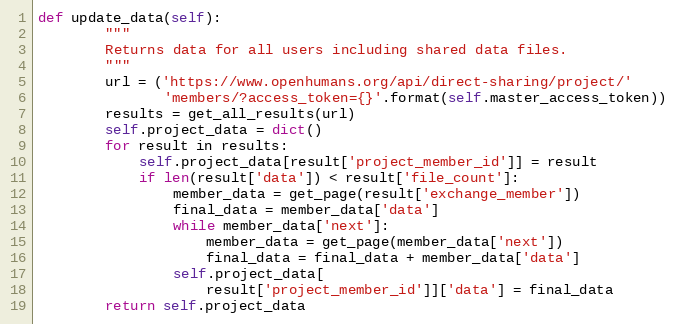
Language: Python
def update_data(self):
        """
        Returns data for all users including shared data files.
        """
        url = ('https://www.openhumans.org/api/direct-sharing/project/'
               'members/?access_token={}'.format(self.master_access_token))
        results = get_all_results(url)
        self.project_data = dict()
        for result in results:
            self.project_data[result['project_member_id']] = result
            if len(result['data']) < result['file_count']:
                member_data = get_page(result['exchange_member'])
                final_data = member_data['data']
                while member_data['next']:
                    member_data = get_page(member_data['next'])
                    final_data = final_data + member_data['data']
                self.project_data[
                    result['project_member_id']]['data'] = final_data
        return self.project_data